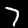
Label: 7